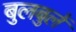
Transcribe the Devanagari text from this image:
बुलबुलें